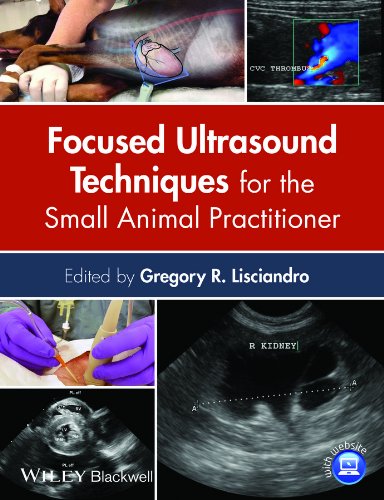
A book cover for Focused Ultrasound Techniques for the Small Animal Practitioner; Medical Books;